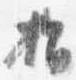
指